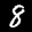
Label: 8